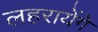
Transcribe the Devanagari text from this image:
लहरायेंगे